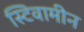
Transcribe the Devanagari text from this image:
स्टिवामीन